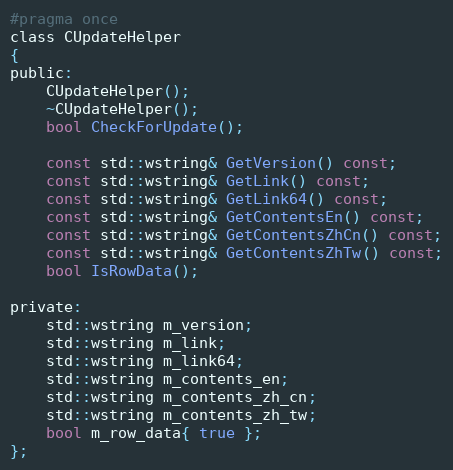
Language: C
#pragma once
class CUpdateHelper
{
public:
    CUpdateHelper();
    ~CUpdateHelper();
    bool CheckForUpdate();

    const std::wstring& GetVersion() const;
    const std::wstring& GetLink() const;
    const std::wstring& GetLink64() const;
    const std::wstring& GetContentsEn() const;
    const std::wstring& GetContentsZhCn() const;
    const std::wstring& GetContentsZhTw() const;
    bool IsRowData();

private:
    std::wstring m_version;
    std::wstring m_link;
    std::wstring m_link64;
    std::wstring m_contents_en;
    std::wstring m_contents_zh_cn;
    std::wstring m_contents_zh_tw;
    bool m_row_data{ true };
};